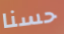
حسنا